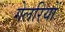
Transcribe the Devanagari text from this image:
गेलरियों